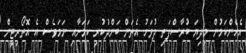
އެހެންކަމުން މިދިޔަ ބުރާސްފަތި ދުވަހު އެތަން ބަންދުކުރި ކަމަށާއި ނަމަވެސް އެ އޮތޯރިޓީން